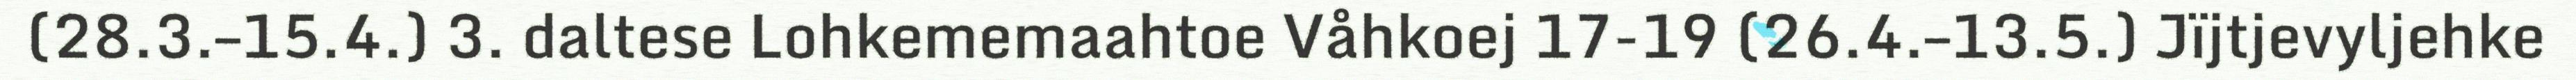
(28.3.–15.4.) 3. daltese Lohkememaahtoe Våhkoej 17-19 (26.4.–13.5.) Jïjtjevyljehke